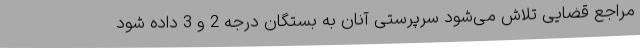
مراجع قضایی تلاش می‌شود سرپرستی آنان به بستگان درجه 2 و 3 داده شود